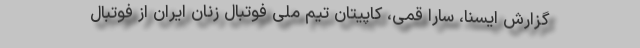
گزارش ایسنا، سارا قمی، کاپیتان تیم ملی فوتبال زنان ایران از فوتبال